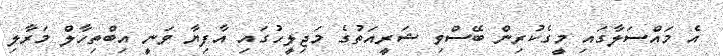
އެ މައްސަލާގައި މީގެކުރިން ބޭސްވި ޝަރީއަތުގެ މަޖިލީހުގައި އާފިޔާ ވަނީ އިބްތިހާލް މަރާލި